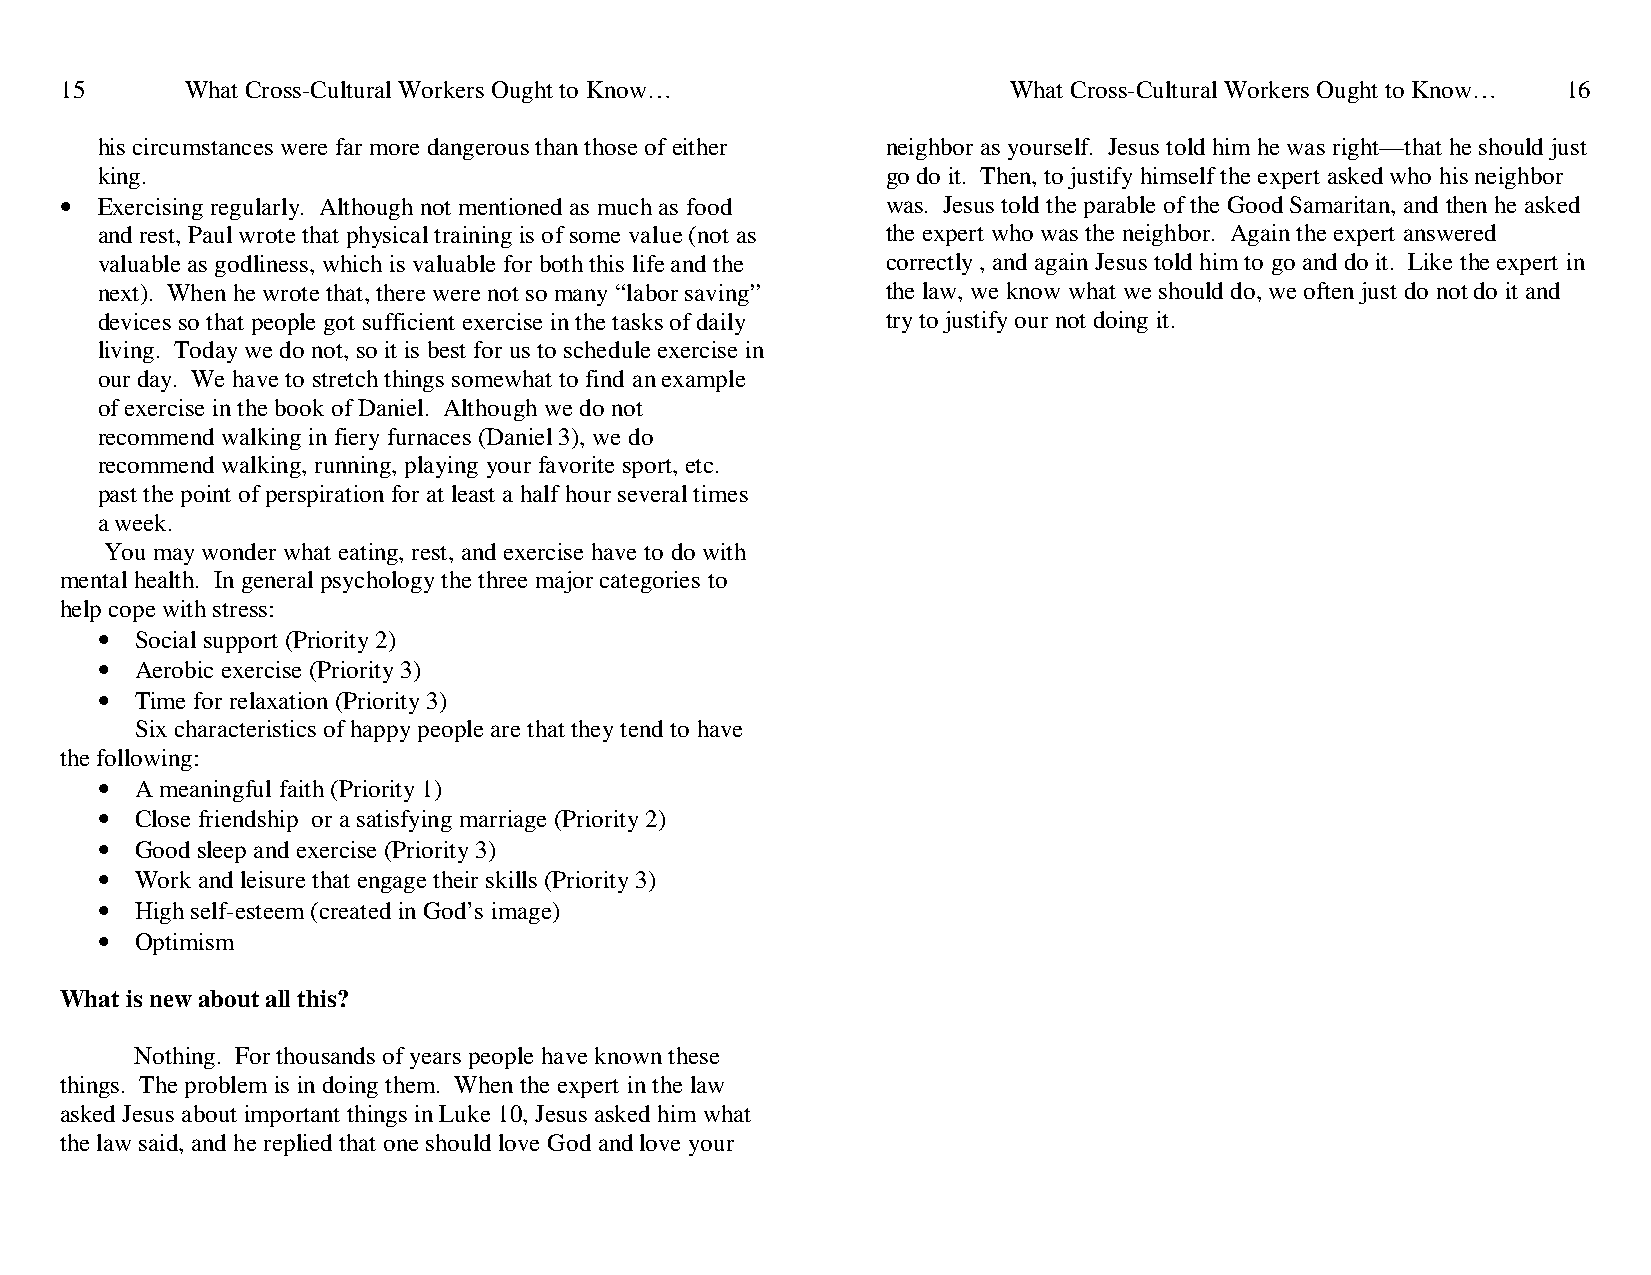
15      What Cross-Cultural Workers Ought to Know…             What Cross-Cultural Workers Ought to Know… 16
 his circumstances were far more dangerous than those of either neighbor as yourself. Jesus told him he was right—that he should just
 king.                                                go do it. Then, to justify himself the expert asked who his neighbor
 • Exercising regularly. Although not mentioned as much as food was. Jesus told the parable of the Good Samaritan, and then he asked
 and rest, Paul wrote that physical training is of some value (not as the expert who was the neighbor. Again the expert answered
 valuable as godliness, which is valuable for both this life and the correctly , and again Jesus told him to go and do it. Like the expert in
 next). When he wrote that, there were not so many “labor saving” the law, we know what we should do, we often just do not do it and
 devices so that people got sufficient exercise in the tasks of daily try to justify our not doing it.
 living. Today we do not, so it is best for us to schedule exercise in
 our day. We have to stretch things somewhat to find an example
 of exercise in the book of Daniel. Although we do not
 recommend walking in fiery furnaces (Daniel 3), we do
 recommend walking, running, playing your favorite sport, etc.
 past the point of perspiration for at least a half hour several times
 a week.
 You may wonder what eating, rest, and exercise have to do with
 mental health. In general psychology the three major categories to
 help cope with stress:
 •  Social support (Priority 2)
 •  Aerobic exercise (Priority 3)
 •  Time for relaxation (Priority 3)
 Six characteristics of happy people are that they tend to have
 the following:
 •  A meaningful faith (Priority 1)
 •  Close friendship or a satisfying marriage (Priority 2)
 •  Good sleep and exercise (Priority 3)
 •  Work and leisure that engage their skills (Priority 3)
 •  High self-esteem (created in God’s image)
 •  Optimism
 What is new about all this?
 Nothing. For thousands of years people have known these
 things. The problem is in doing them. When the expert in the law
 asked Jesus about important things in Luke 10, Jesus asked him what
 the law said, and he replied that one should love God and love your